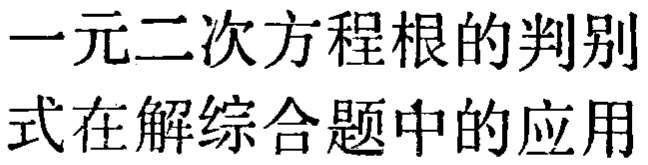
一元二次方程根的判别式在解综合题中的应用